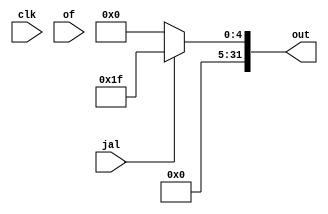
module IF(clk,of,jal,out);
  input of,jal,clk;
  output  [31:0]out;
 
  assign out=(jal)?5'b11111:5'b00000;
endmodule